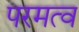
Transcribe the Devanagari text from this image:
परमत्व